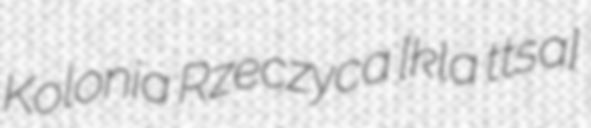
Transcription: Kolonia Rzeczyca [kɔˈlɔɲa ʐɛˈt͡ʂɨt͡sa]